Sanitation, dispensaries and jails vaccination Rajputana 1922-1927 - 1922-1927
Year: 1922
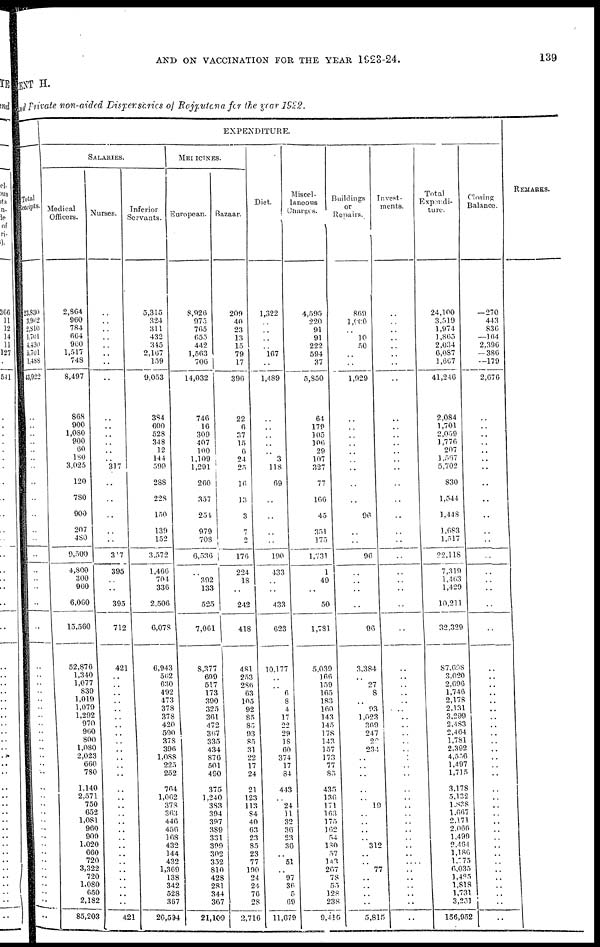
AND ON VACCINATION FOR THE YEAR 1923-24.
139
MENT H.
and Private non-aided Dispensaries of Rajputana for the year 1922.
Total
Receipts.
23,830
3,982
2,810
1,701
4,430
5,701
l,488
43,922
..
..
..
..
..
..
..
..
..
..
..
..
..
..
..
..
..
..
..
..
..
..
..
..
..
..
..
..
..
..
..
..
..
..
..
..
..
..
..
..
..
..
..
..
..
..
..
..
EXPENDITURE.
SALARIES.
Medical
Officers.
2,864
960
784
664
960
1,517
748
8,497
868
900
1,080
900
60
180
3,025
120
780
900
207
480
9,500
4,800
300
960
6,060
15,560
52,876
1,340
1,077
839
1,019
1,079
1,292
970
960
800
1,080
2,023
660
780
1,140
2,571
750
652
1,081
960
900
1,020
660
720
3,322
720
1,080
650
2,182
85,203
Nurses.
..
..
..
..
..
..
..
..
..
..
..
..
..
..
317
..
..
..
..
..
317
395
..
..
395
712
421
..
..
..
..
..
..
..
..
..
..
..
..
..
..
..
..
..
..
..
..
..
..
..
..
..
..
..
..
421
Inferior
Servants.
5,315
324
311
432
345
2,167
159
9,053
384
600
528
348
12
144
599
288
228
150
139
152
3,572
1,466
701
336
2,506
6,078
6,943
562
630
492
473
378
378
420
590
378
396
1,088
225
252
764
1,062
373
363
446
456
168
432
144
432
1,369
138
342
528
367
20,594
MEDICINES.
European.
8,926
975
765
655
442
1,563
706
14,032
746
16
309
407
100
1,109
1,291
260
357
254
979
708
6,536
..
392
133
525
7,061
8,377
699
517
173
390
325
361
472
367
335
434
876
501
490
375
1,240
383
394
397
389
331
399
302
352
810
428
281
344
367
21,109
Bazaar.
209
40
23
13
15
79
17
396
22
6
37
15
6
24
25
16
13
3
7
2
176
224
18
..
242
418
481
253
286
63
105
92
85
85
93
85
31
22
17
24
21
123
113
84
40
63
23
85
23
77
190
24
24
76
28
2,716
Diet.
1,322
..
..
..
..
167
..
1,489
..
..
..
..
..
3
118
69
..
..
..
..
190
433
..
..
433
623
10,177
..
..
6
8
4
17
22
29
18
60
374
17
84
443
..
24
11
32
36
23
36
..
51
..
97
36
5
69
11,679
Miscel¬
laneous
Charges.
4,595
220
91
91
222
594
37
5,850
64
179
105
106
29
107
327
77
166
45
351
175
1,731
1
49
..
50
1,781
5,039
166
159
165
183
160
143
145
178
143
157
173
77
85
435
130
171
163
175
162
54
180
57
143
267
78
55
128
238
9,415
Buildings
or
Repairs.
869
1,660
..
10
50
..
..
1,929
..
..
..
..
..
..
..
..
..
96
..
..
96
..
..
..
..
96
3,384
..
27
8
..
93
1,023
369
247
29
234
..
..
..
..
..
19
..
..
..
..
312
..
..
77
..
..
..
..
5,815
Invest¬
ments.
..
..
..
..
..
..
..
..
..
..
..
..
..
..
..
..
..
..
..
..
..
..
..
..
..
..
..
..
..
..
..
..
. .
..
..
..
..
..
..
..
..
..
..
..
..
..
..
..
..
..
..
..
..
..
..
..
Total
Expendi¬
ture.
24,100
3,519
1,974
1,865
2,034
6,087
1,667
41,246
2,084
1,701
2,059
1,776
207
1,567
5,702
830
1,544
1,448
1,683
1,517
22,118
7,319
1,463
1,429
10,211
32,329
87,698
3,020
2,696
1,746
2,178
2,131
3,299
2,483
2,464
1,781
2,392
4,556
1,497
1,715
3,178
5,132
1,838
1,667
2,171
2,066
1,499
2,464
1,186
1,775
6,035
1,485
1,818
1,731
3,251
156,952
losing
balance.
— 270
443
836
—164
2,396
— 386
—179
2,676
..
..
..
..
..
..
..
..
..
..
..
..
..
..
..
..
..
..
..
..
..
..
..
..
..
..
..
..
..
..
..
..
..
..
..
..
..
..
..
..
..
..
..
..
..
..
..
..
REMARKS.